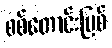
စစ်တောင်းမြစ်